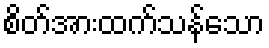
စိတ်အားထက်သန်သော